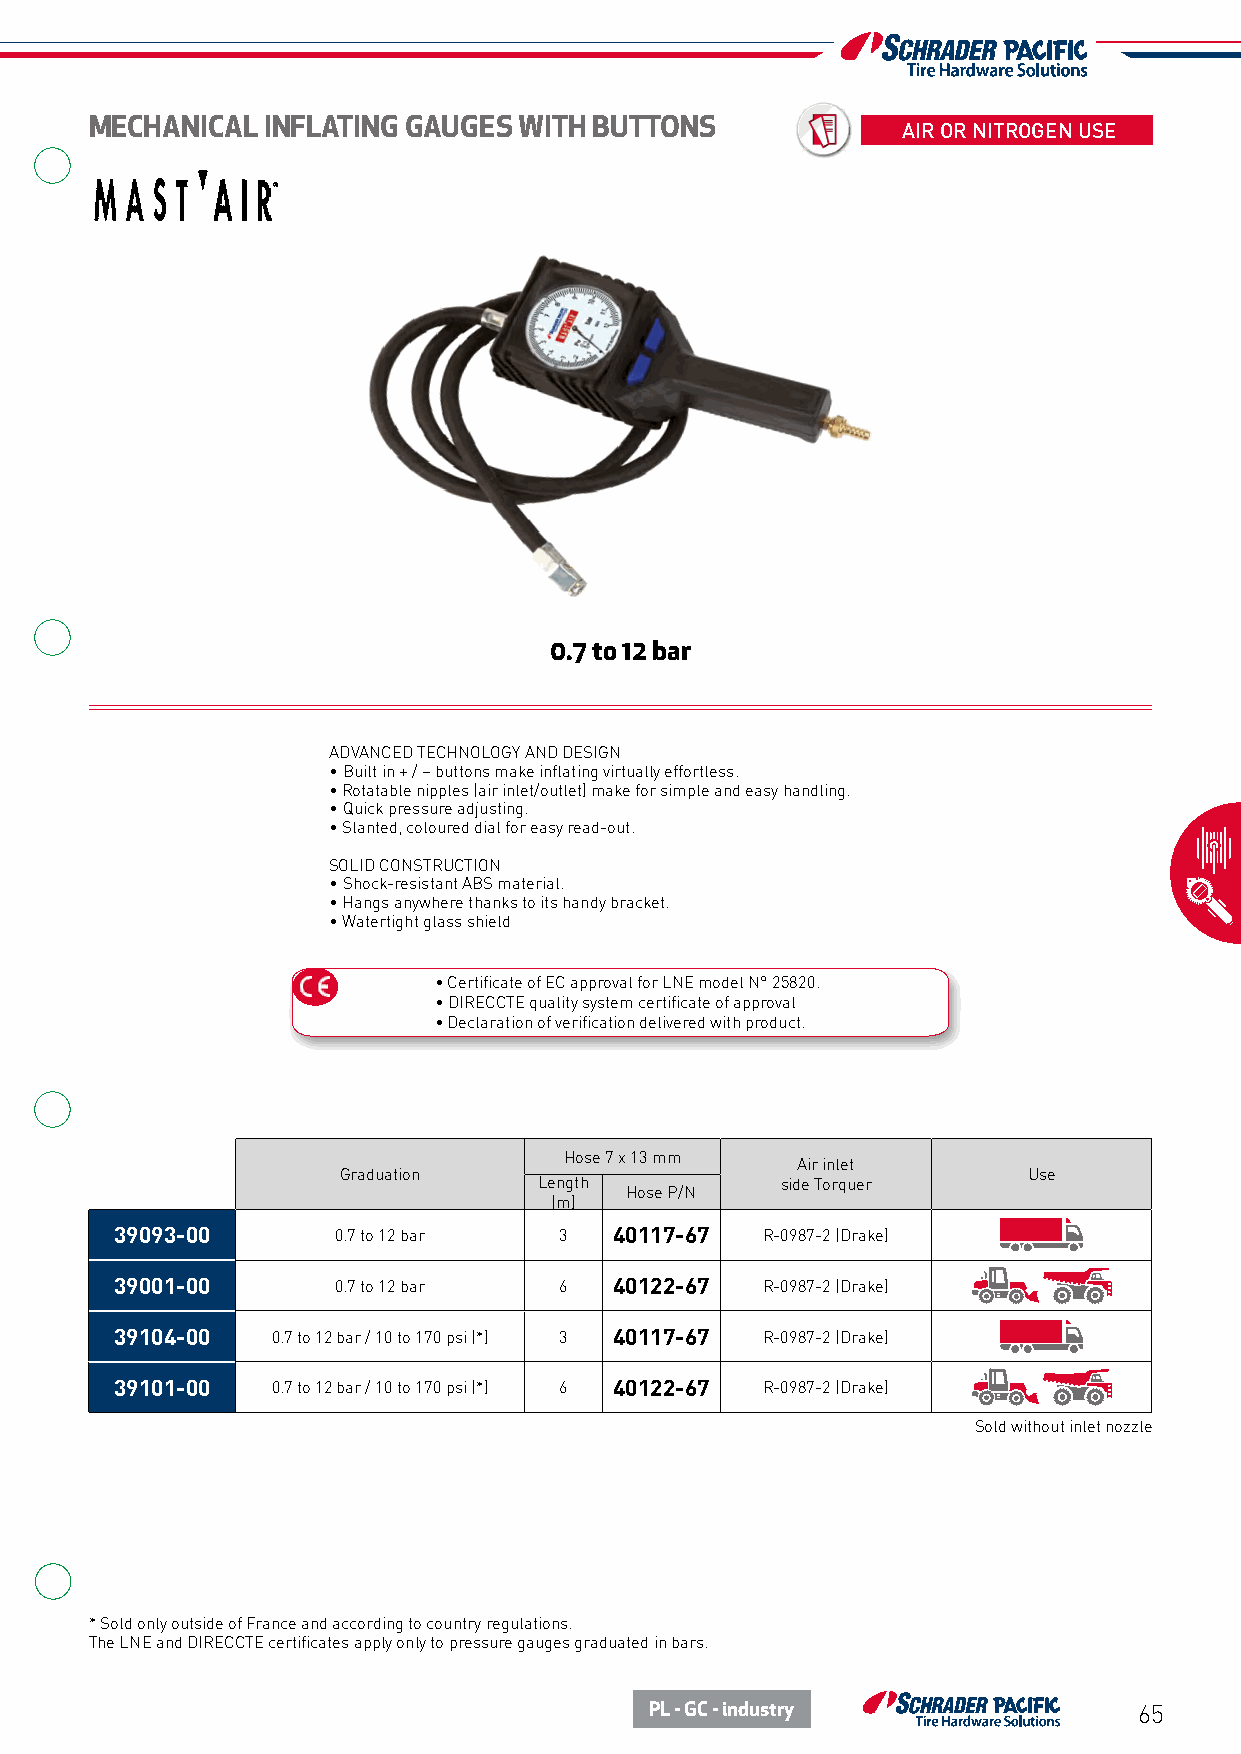
MECHANICAL  INFLATING GAUGES WITH BUTTONS             AIR OR NITROGEN USE
 0.7 to 12 bar
 ADVANCED TECHNOLOGY AND DESIGN
 • Built in + / – buttons make inflating virtually effortless.
 • Rotatable nipples (air inlet/outlet) make for simple and easy handling.
 • Quick pressure adjusting.
 • Slanted, coloured dial for easy read-out.
 SOLID CONSTRUCTION
 • Shock-resistant ABS material.
 • Hangs anywhere thanks to its handy bracket.
 • Watertight glass shield
 • Certificate of EC approval for LNE model N° 25820.
 • DIRECCTE quality system certificate of approval
 • Declaration of verification delivered with product.
 Hose 7 x 13 mm
 Air inlet
 Graduation                                    Use
 Length          side Torquer
 Hose P/N
 (m)
 39093-00      0.7 to 12 bar  3   40117-67  R-0987-2 (Drake)
 39001-00      0.7 to 12 bar  6   40122-67  R-0987-2 (Drake)
 39104-00  0.7 to 12 bar / 10 to 170 psi (*) 3 40117-67 R-0987-2 (Drake)
 39101-00  0.7 to 12 bar / 10 to 170 psi (*) 6 40122-67 R-0987-2 (Drake)
 Sold without inlet nozzle
 * Sold only outside of France and according to country regulations.
 The LNE and DIRECCTE certificates apply only to pressure gauges graduated in bars.
 PL - GC - industry              65